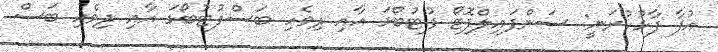
އުފާ ފާޅުކުރަނީ: ސަންފައިލްފޮޓޯ ފުޓުބޯޅަ އާއި ދިވެހި ބަސްފުޓުބޯޅަ އާއި ދިވެހި ބަސް